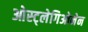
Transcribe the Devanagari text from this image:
ओस्ट्लेगिओनेन